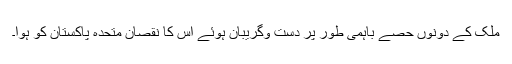
ملک کے دونوں حصے باہمی طور پر دست وگریبان ہوئے اس کا نقصان متحدہ پاکستان کو ہوا۔